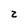
Character: z